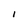
Character: l